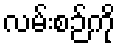
လမ်းစဉ်ကို